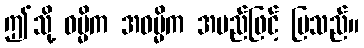
ဤသို့ ဓမ္မိက အဓမ္မိက အမည်ဖြင့် ပြသည်။